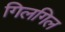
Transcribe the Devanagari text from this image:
गिलगिल